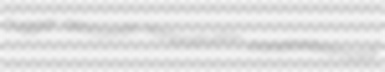
nuggar azocorinth nonprotrusion parietosquamosal